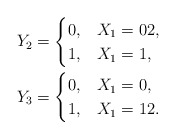
\begin{align*}Y_2=\begin{cases}0, & X_1=0 2,\\1, & X_1=1,\end{cases}\\Y_3=\begin{cases}0, & X_1=0,\\1, & X_1=1 2.\end{cases}\end{align*}